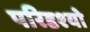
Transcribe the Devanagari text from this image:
परिदृश्‍यो